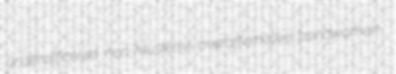
underofficered non-Muslems overaffirmative bondwoman